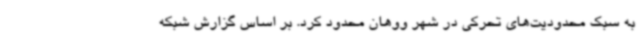
به سبک محدودیت‌های تحرکی در شهر ووهان محدود کرد. بر اساس گزارش شبکه